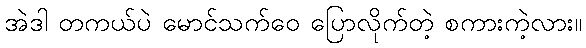
အဲဒါ တကယ်ပဲ မောင်သက်ဝေ ပြောလိုက်တဲ့ စကားကဲ့လား။